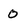
Character: 0